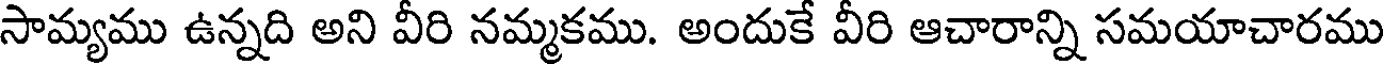
సామ్యము ఉన్నది అని వీరి నమ్మకము. అందుకే వీరి ఆచారాన్ని సమయాచారము